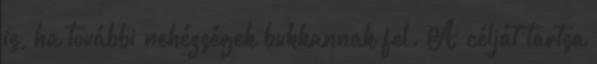
is, ha további nehézségek bukkannak fel. A célját tartsa